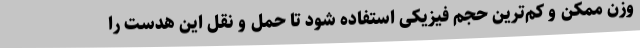
وزن ممکن و کم‌ترین حجم فیزیکی استفاده شود تا حمل و نقل این هدست را